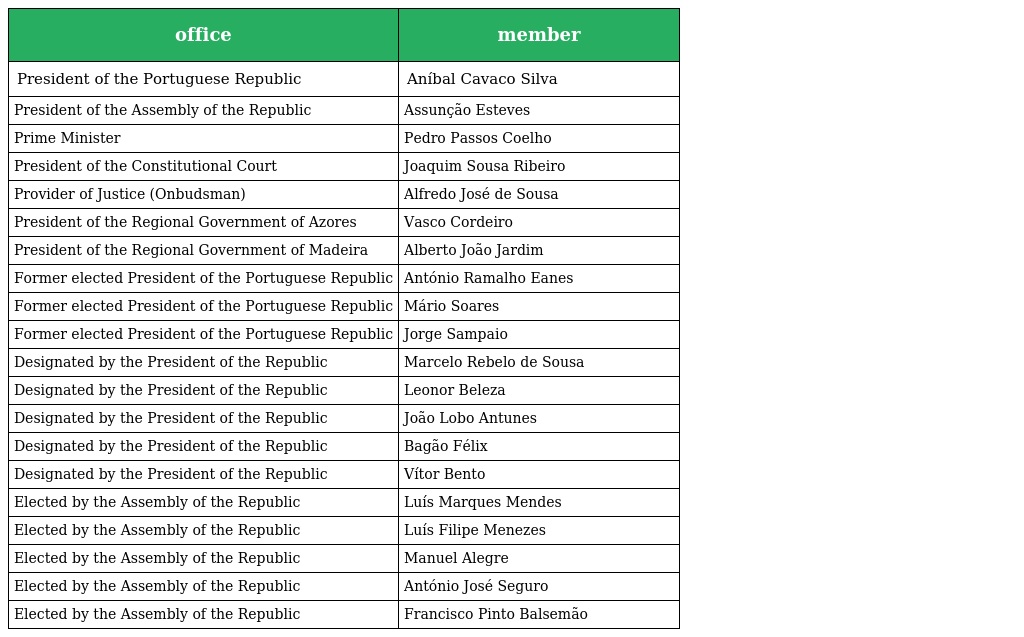
| office | member |
 | --- | --- |
 | President of the Portuguese Republic | Aníbal Cavaco Silva |
 | President of the Assembly of the Republic | Assunção Esteves |
 | Prime Minister | Pedro Passos Coelho |
 | President of the Constitutional Court | Joaquim Sousa Ribeiro |
 | Provider of Justice (Onbudsman) | Alfredo José de Sousa |
 | President of the Regional Government of Azores | Vasco Cordeiro |
 | President of the Regional Government of Madeira | Alberto João Jardim |
 | Former elected President of the Portuguese Republic | António Ramalho Eanes |
 | Former elected President of the Portuguese Republic | Mário Soares |
 | Former elected President of the Portuguese Republic | Jorge Sampaio |
 | Designated by the President of the Republic | Marcelo Rebelo de Sousa |
 | Designated by the President of the Republic | Leonor Beleza |
 | Designated by the President of the Republic | João Lobo Antunes |
 | Designated by the President of the Republic | Bagão Félix |
 | Designated by the President of the Republic | Vítor Bento |
 | Elected by the Assembly of the Republic | Luís Marques Mendes |
 | Elected by the Assembly of the Republic | Luís Filipe Menezes |
 | Elected by the Assembly of the Republic | Manuel Alegre |
 | Elected by the Assembly of the Republic | António José Seguro |
 | Elected by the Assembly of the Republic | Francisco Pinto Balsemão |